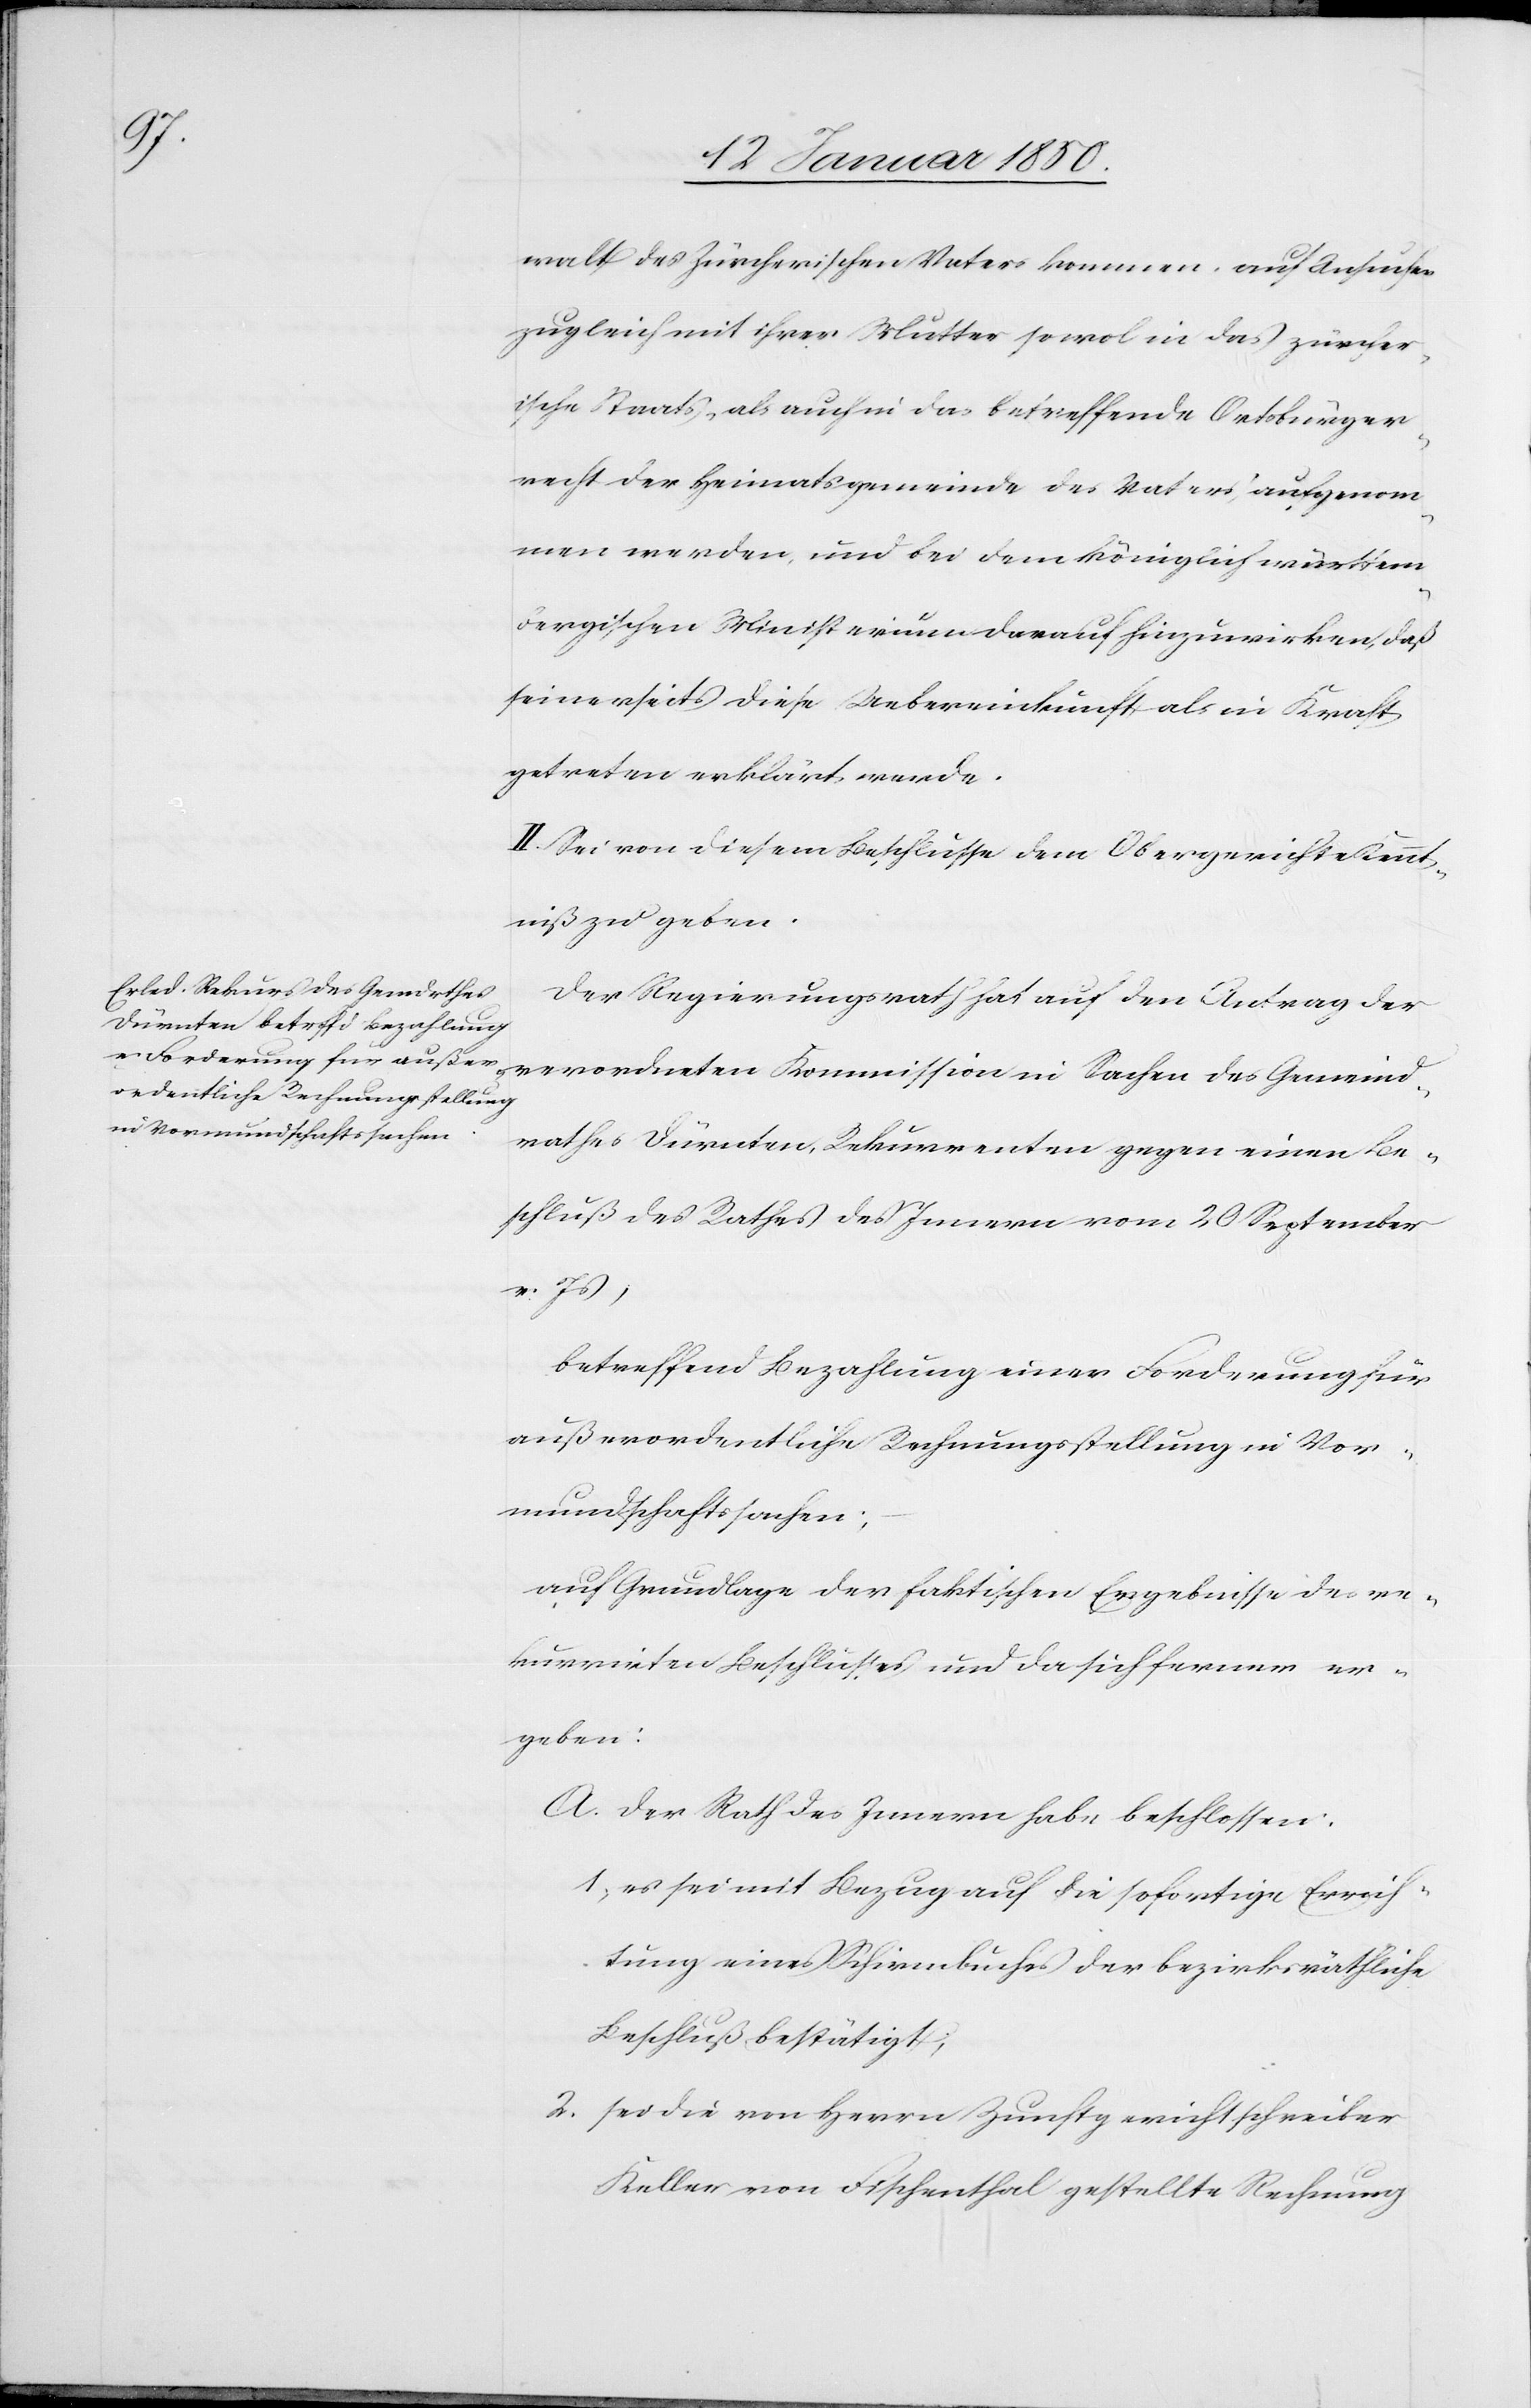
walt des Zürcherischen Vaters kommen, auf Ansuchen
zugleich mit ihrer Mutter sowol in das zürcher¬
ische Staats- als auch in das betreffende Ortsbürger¬
recht der Heimatsgemeinde des Vaters aufgenom¬
men werden, und bei dem königlich württem¬
bergischen Ministerium darauf hinzuwirken, daß
seinerseits diese Uebereinkunft als in Kraft
getreten erklärt werde.
II. Sei von diesem Beschlusse dem Obergericht Kennt¬
niß zu geben.
Der Regierungsrath hat auf den Antrag der
rathes Dürnten, Rekurrenten gegen einen Be¬
schluß des Rathes des Innern vom 20 September
v. Js,
betreffend Bezahlung einer Forderung für
außerordentliche Rechnungsstellung in Vor¬
mundschaftssachen;
auf Grundlage der faktischen Ergebnisse des re¬
kurrirten Beschlusses und da sich ferner er¬
geben:
A. der Rath des Innern habe beschlossen:
1. es sei mit Bezug auf die sofortige Errich¬
tung eines Schirmbuches der bezirksräthliche
Beschluß bestätigt;
2. sei die von Herrn Zunftgerichtschreiber
Keller von Fischenthal gestellte Rechnung